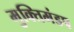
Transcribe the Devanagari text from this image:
मुक्तिमंडप